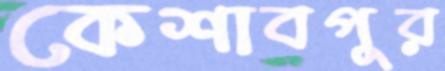
কেশাবপুর